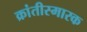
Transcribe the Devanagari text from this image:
क्रांतीस्मारक